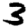
Digit: 3